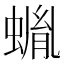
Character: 𧎠